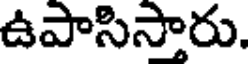
ఉపాసిస్తారు.